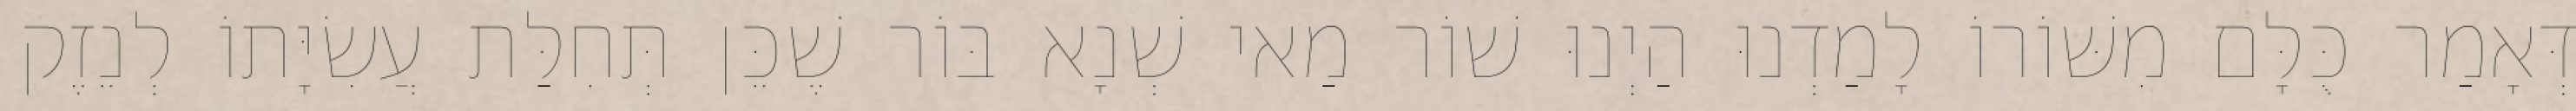
דְּאָמַר כֻּלָּם מִשּׁוֹרוֹ לָמַדְנוּ הַיְנוּ שׁוֹר מַאי שְׁנָא בּוֹר שֶׁכֵּן תְּחִלַּת עֲשִׂיָּתוֹ לְנֵזֶק